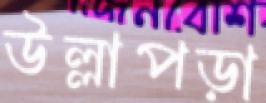
উল্লাপড়া